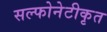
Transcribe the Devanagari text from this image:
सल्फोनेटीकृत